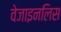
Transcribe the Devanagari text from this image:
वेजाइनलिस